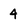
Character: 4